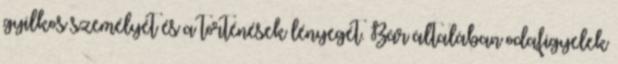
gyilkos személyét és a történések lényegét. Bár általában odafigyelek